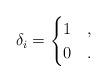
LaTeX: \begin{align*}\delta_i=\begin{cases}1&,\cr0&.\end{cases}\end{align*}